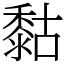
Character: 𪏻